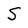
Character: S